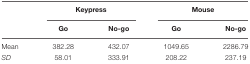
|  | <COLSPAN=2> Keypress | <COLSPAN=2> Mouse |
 |  | Go | No-go | Go | No-go |
 | --- | --- | --- | --- | --- |
 | Mean | 382.28 | 432.07 | 1049.65 | 2286.79 |
 | SD | 58.01 | 333.91 | 208.22 | 237.19 |